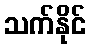
သက်နိုင်